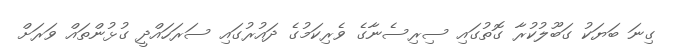
ގިނަ ބަޔަކު ގަބޫލުކުރާ ގޮތުގައި ސިރިސެނާގެ ވެރިކަމުގެ ދައުރުގައި ސަރަހައްދީ ގުޅުންތައް ވަރަށް